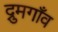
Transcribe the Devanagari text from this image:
द्रुमगाँव